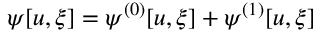
\psi [ u , \xi ] = \psi ^ { ( 0 ) } [ u , \xi ] + \psi ^ { ( 1 ) } [ u , \xi ]